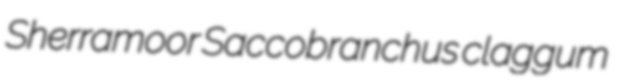
Sherramoor Saccobranchus claggum